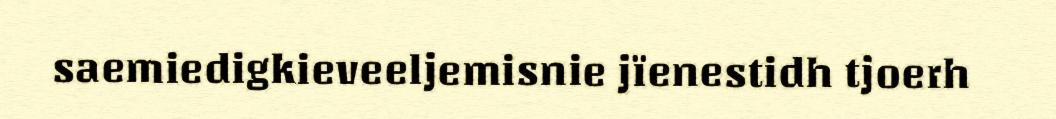
saemiedigkieveeljemisnie jïenestidh tjoerh